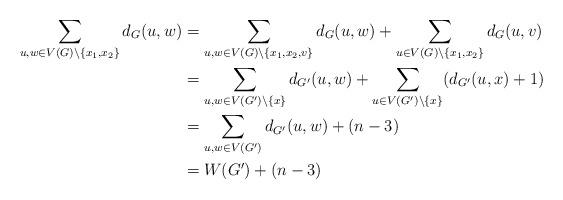
LaTeX: \begin{align*}\sum_{{u,w}\in V(G)\backslash\{x_1,x_2\}}d_G(u,w)&=\sum_{{u,w}\in V(G)\backslash\{x_1,x_2,v\}}d_G(u,w)+\sum_{u\in V(G)\backslash\{x_1,x_2\}}d_G(u,v)\\&=\sum_{{u,w}\in V(G')\backslash\{x\}}d_{G'}(u,w)+\sum_{u\in V(G')\backslash\{x\}}(d_{G'}(u,x)+1)\\&=\sum_{{u,w}\in V(G')}d_{G'}(u,w)+(n-3)\\&=W(G')+(n-3)\end{align*}